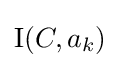
\operatorname {I} (C,a_{k})